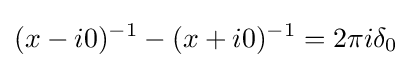
(x-i0)^{-1}-(x+i0)^{-1}=2\pi i\delta _{0}